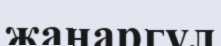
жанаргүл